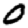
Digit: 0